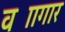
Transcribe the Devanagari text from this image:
वज्रागार